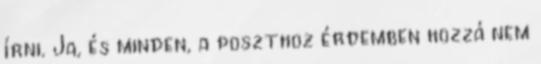
írni. Ja, és minden, a poszthoz érdemben hozzá nem